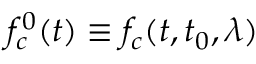
f _ { c } ^ { 0 } ( t ) \equiv f _ { c } ( t , t _ { 0 } , \lambda )